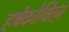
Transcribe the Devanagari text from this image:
हर्षकोवित्ज़